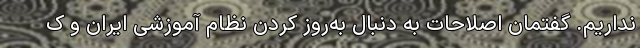
نداریم. گفتمان اصلاحات به دنبال به‌روز کردن نظام آموزشی ایران و ک